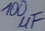
Text: 100µF